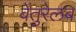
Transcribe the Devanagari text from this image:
वेंतुरेलब